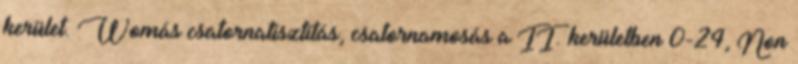
kerület. Womás csatornatisztítás, csatornamosás a II. kerületben 0-24, Non